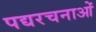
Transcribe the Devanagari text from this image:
पद्यरचनाओं